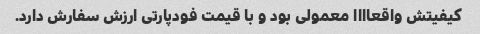
کیفیتش واقعاااا معمولی بود و با قیمت فودپارتی ارزش سفارش دارد.